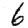
Digit: 6